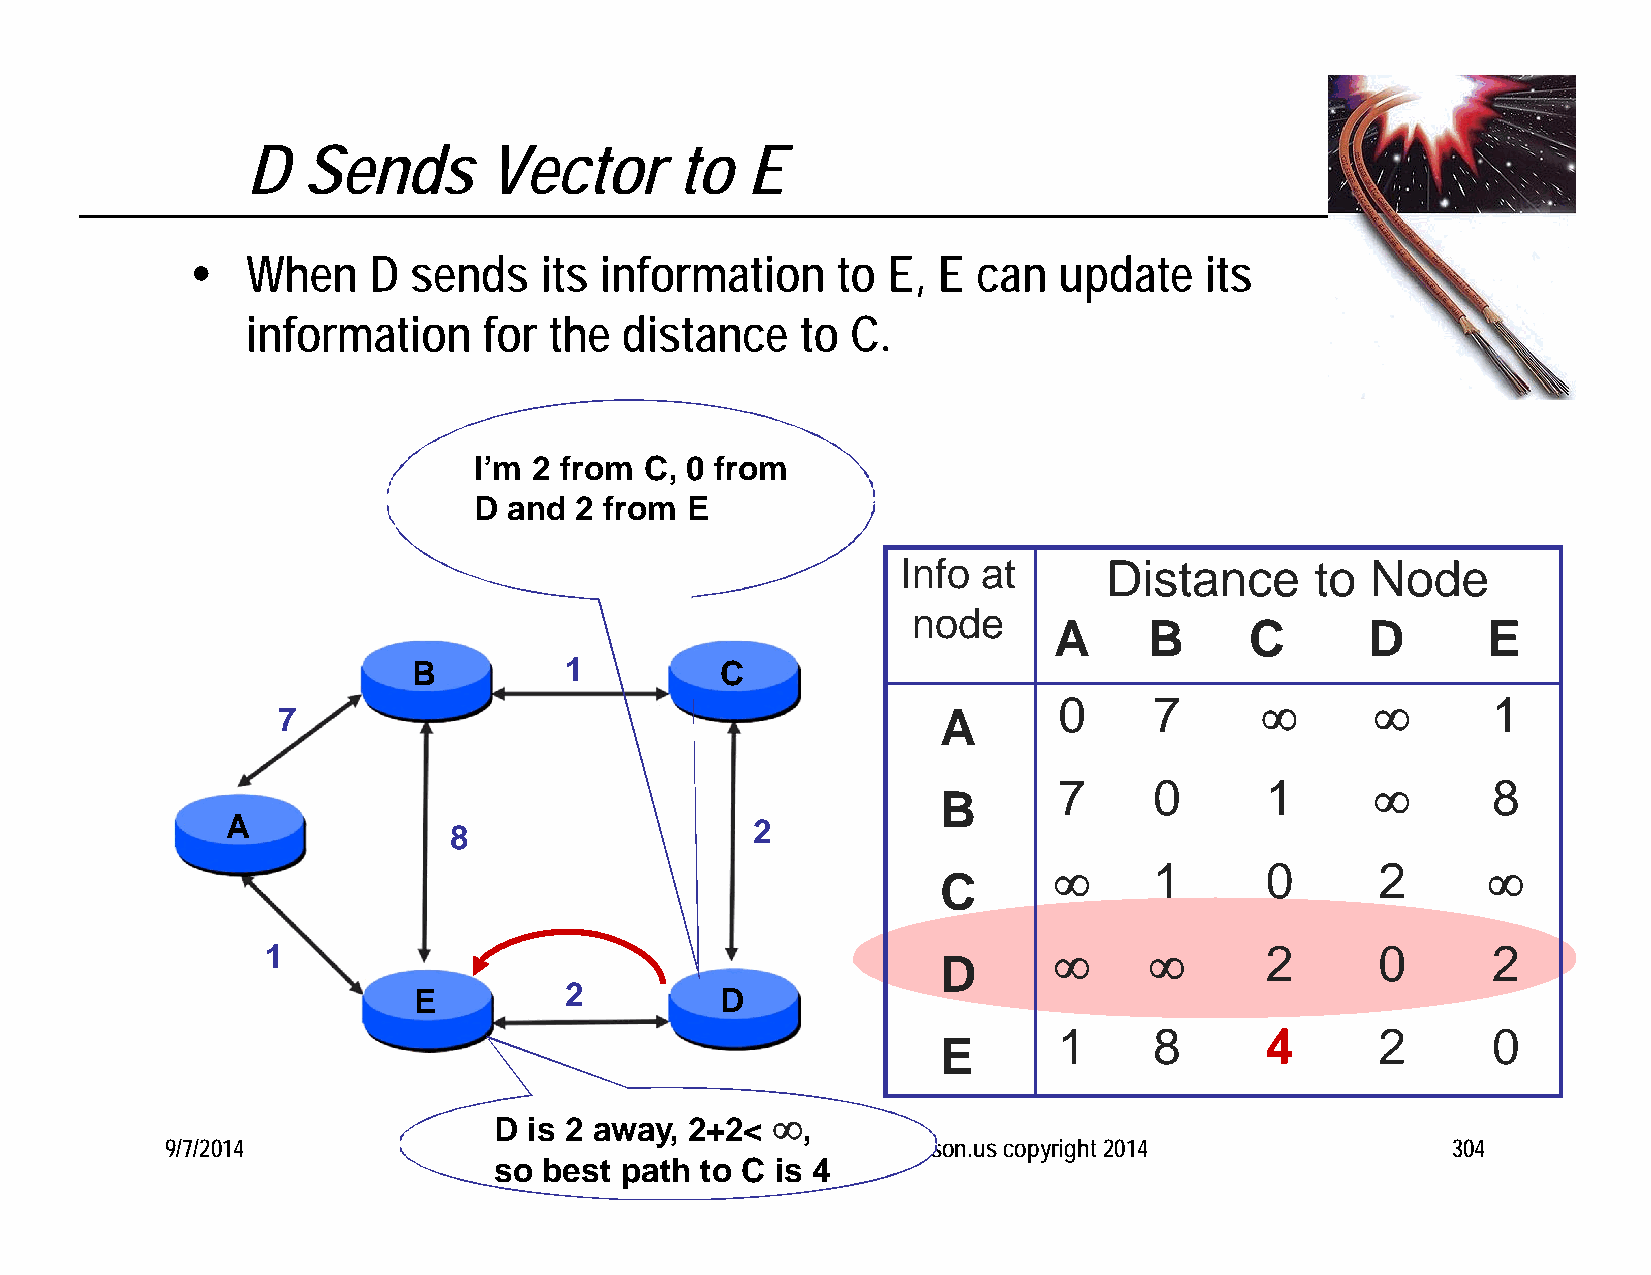
D   Sends       Vector       to  E
   When    D  sends    its information    to  E, E  can  update    its
 information     for the  distance    to C.
 I’m 2 from  C, 0 from
 D  and 2 from E
 Info at      Distance      to  Node
 node
 A     B      C       D      E
 B         1          C
 0     7                    1
 7                                           A
 7     0       1             8
 B
 A              8                   2
      1       0      2      
 C
 1                                                               2      0       2
 D
 E         2          D
 1     8       4      2       0
 E
 D is 2 away, 2+2< ,
 9/7/2014             P. Michael Henderson, mike@michael-henderson.us copyright 2014  304
 so best path to C is 4